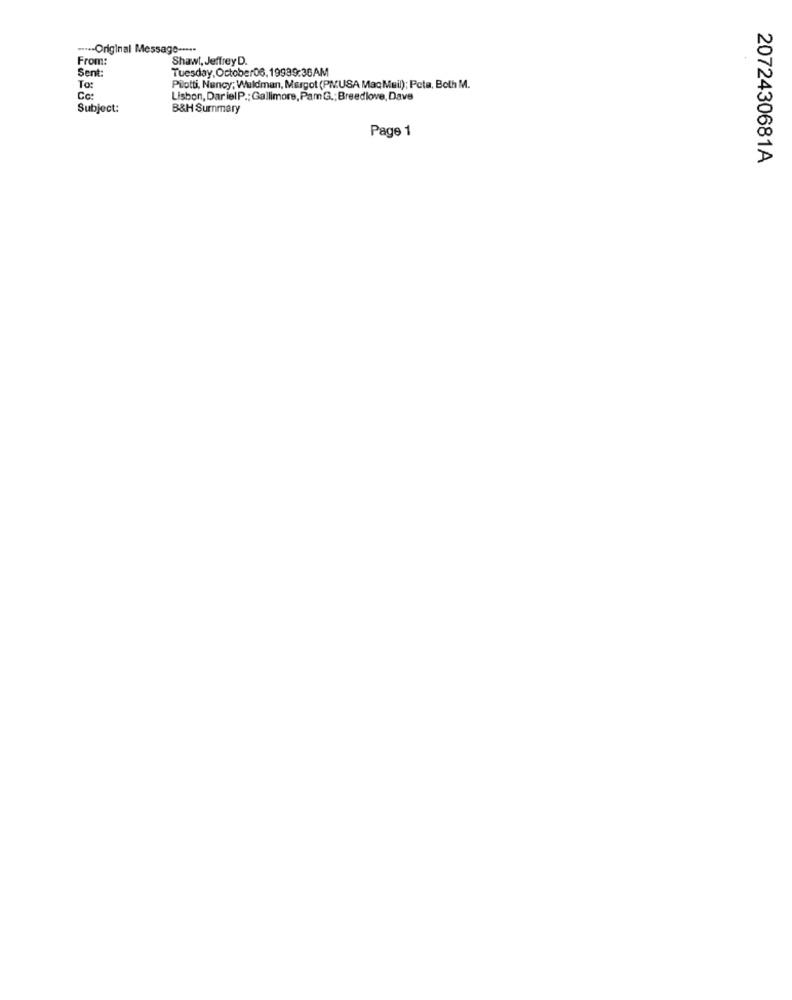
....- Original Message -....
From:
Shaw !, Jeffrey D.
Sent:
Tuesday, October06, 19999:36AM
To:
Pilotti, Nancy; Waldman, Margot (PMUSA Mac Mail); Pcta, Both M.
Co:
Lisbon, Dar ielP .; Gallimore, PamG .; Breedlove, Dave
Subject:
B&H Summary
Page 1
2072430681A